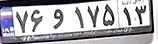
۷۶و۱۷۵۱۳